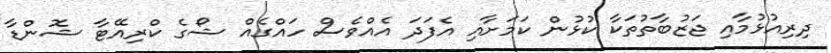
ދިރިއުޅުމާއި ޖަޒުބާތުތަކާ ކުޅުން ކަމަށާއި އެފަދަ އެއްވެސް ހައްގެއް ޝޯގެ ކްރިއޭޓާ ޝޮންޑާ